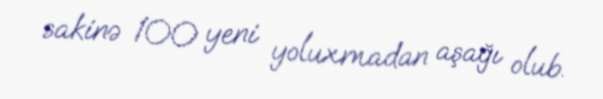
sakinə 100 yeni yoluxmadan aşağı olub.